Medical and sanitary report of the native army of Bengal for the year
Year: 1877
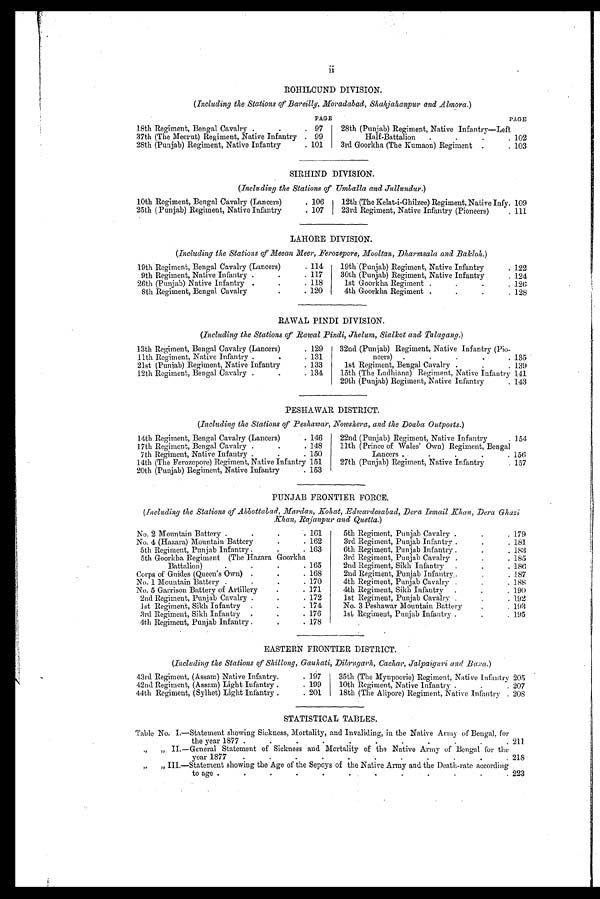
ROHILCUND DIVISION.
(Including the Stations of Bareilly, Moradabad, Shahjahanpur and Almora.)
PAGE
PAGE
18th Regiment, Bengal Cavalry
. .
. 97
28th (Punjab) Regiment, Native Infantry—Left
37th (The Meerut) Regiment, Native Infantry . 99
Half-Battalion .
.
.
. 102
28th (Punjab) Regiment, Native Infantry
. 101
3rd Goorkha (The Kumaon) Regiment .
. 103
SIRHIND DIVISION.
(Including the Stations of Umballa and Jullundur.)
10th Regiment, Bengal Cavalry (Lancers)
.
1 0 6 12th (The Kelat-i-Ghilzee) Regiment, Native Infy. . 109
25th (Punjab) Regiment, Native Infantry
. 107
23rd Regiment, Native Infantry (Pioneers)
. 111
LAHORE DIVISION.
(Including the Stations of Meean Meer, Ferozepore, Mooltan, Dharmsala and Bakloh.)
19th Regiment, Bengal Cavalry (Lancers)
. 114
1 9 t h
(Punjab) Regiment, Native Infantry
122
9th Regiment, Native Infantry .
.
. 117
30th (Punjab) Regiment, Native Infantry
. 124
26th (Punjab) Native Infantry
.
.
. 118
1st Goorkha Regiment .
.
.
. 126
8th Regiment, Bengal Cavalry
.
. 120
4th Goorkha Regiment .
.
.
. 1 2 8
RAWAL PINDI DIVISION.
(Including the Stations of Rawal Pindi, Jhelum, Sialkot and Talagang.)
13th Regiment, Bengal Cavalry (Lancers)
. 129
32nd (Punjab) Regiment, Native Infantry (Pio-
11th Regiment, Native Infantry .
.
. 131
neers)
.
.
.
.
.
.135
21st (Punjab) Regiment, Native Infantry
. 133
1st Regiment, Bengal Cavalry .
.
. 139
12th Regiment, Bengal Cavalry . .
. 134
15th (The Ludhiana) Regiment, Native Infantry 141
29th (Punjab) Regiment, Native Infantry
. 143
PESHAWAR DISTRICT.
(Including the Stations of Peshawar, Nowshera, and the Doaba Outposts.)
14th Regiment, Bengal Cavalry (Lancers)
. 146
22nd (Punjab) Regiment, Native Infantry
. 154
17th Regiment, Bengal Cavalry .
.
. 148
11th (Prince of Wales' Own) Regiment, Bengal
7th Regiment, Native Infantry .
.
. 150
Lancers . .
.
.
.
. 156
1 4 t h (The Ferozepore) Regiment, Native Infantry 151
27th (Punjab) Regiment, Native Infantry
. 157
20th (Punjab) Regiment, Native Infantry
. 153
PUNJAB FRONTIER FORCE.
(including the Stations of Abbottabad, Mardan, Kohat, .Edwardesabad, Dera Ismail Khan, Dera Ghazi
Khan, Rajanpur and Quetta.)
No. 2 Mountain Battery.
.
.
. 161
5th Regiment, Punjab Cavalry .
.
. 179
No. 4 (Hazara) Mountain Battery
.
. 162
3rd Regiment, Punjab Infantry .
.
. 181
5th Regiment, Punjab Infantry .
.
. 163
6th Regiment, Punj ab Infantry .
.
. 183
5th Goorkha Regiment (The Hazara Goorkha
3rd Regiment, Punjab Cavalry
.
.
. 185
Battalion).
.
.
. 165
2nd Regiment, Sikh Infantry
.
.
. 186
Corps of Guides (Queen's Own) .
.
. 168
2nd Regiment, Punjab Infantry, . .
.
. 187
No. 1 Mountain Battery.
.
.
. 170
4th Regiment, Punj ab Cavalry
.
.
. 188
No. 5 Garrison Battery of Artillery
.
. 171
4th Regiment, Sikh Infantry
.
. 190
2nd Regiment, Punjab Cavalry
.
.
. 172
1st Regiment, Punjab Cavalry
.
.
. 192
1st Regiment, Sikh Infantry .
.
. 174
No. 3 Peshawar Mountain Battery
.
. 193
3rd Regiment, Sikh Infantry
.
.
. 176
1st Regiment, Punjab Infantry .
.
. 195
4th Regiment, Punjab Infantry .
.
. 178
EASTERN FRONTIER DISTRICT.
(Including the Stations of Shillong, Gauhati, Dibrugarh, Cachar, Jalpaiguri and Bara.)
43rd Regiment, (Assam) Native Infantry.
. 197
35th (The Mynpoorie) Regiment, Native Infantry 205
42nd Regiment, (Assam) Light Infantry .
. 199
10th Regiment, Native Infantry .
.
. 207
44th Regiment, (Sylhet) Light Infantry .
. 201
18th (The Alipore) Regiment, Native Infantry . 208
STATISTICAL TABLES.
Table No. I.—Statement showing Sickness, Mortality, and Invaliding, in the Native Army of Bengal, for
„ „
the year 1877
. .
.
.
.
.
.
.
.
.
211
II.—General Statement of Sickness and Mortality of the Native Army of Bengal for the
„ „
year 1877
.
.
.
.
.
.
.
.
.
.
218
III.—Statement showing the Age of the Sepoys of the. Native. Army and the Death-rate according
to age
.
.
.
.
.
.
.
.
.
.
223